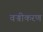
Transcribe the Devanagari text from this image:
वज्रीकरण